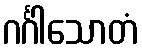
ဂင်္ဂါသောတံ